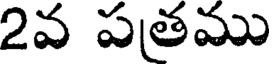
2వ పతము